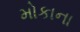
મોકાના